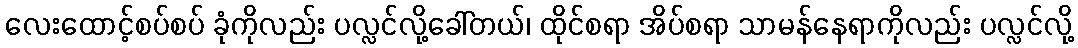
လေးထောင့်စပ်စပ် ခုံကိုလည်း ပလ္လင်လို့ခေါ်တယ်၊ ထိုင်စရာ အိပ်စရာ သာမန်နေရာကိုလည်း ပလ္လင်လို့